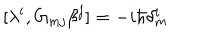
[ \lambda ^ { i } , G _ { m j } \beta ^ { j } ] = - i \hbar \delta _ { m } ^ { i }